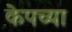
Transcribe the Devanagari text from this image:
केपच्या